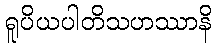
ရူပိယပါတိသဟဿာနိ